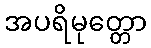
အပရိမုတ္တော